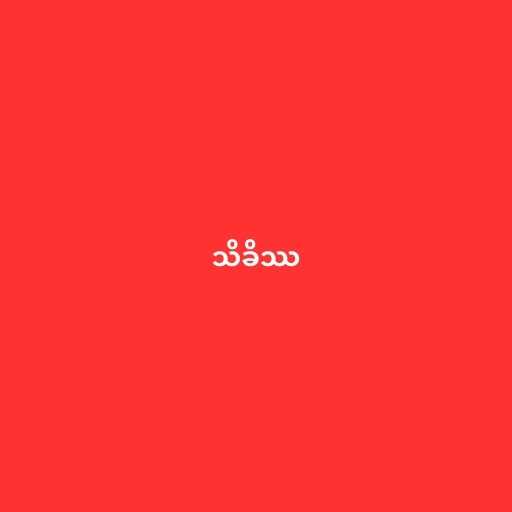
သိခိဿ